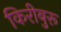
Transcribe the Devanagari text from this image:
किरीबुरू